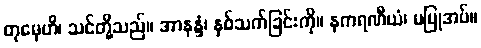
တုမှေဟိ၊ သင်တို့သည်။ အာနန္ဒံ၊ နှစ်သက်ခြင်းကို။ နကရဏီယံ၊ မပြုအပ်။